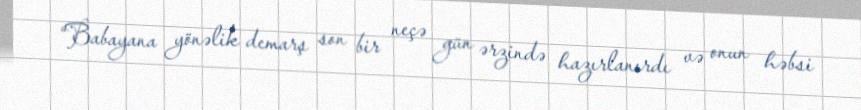
“Babayana yönəlik demarş son bir neçə gün ərzində hazırlanırdı və onun həbsi